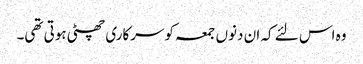
وہ اس لئے کہ ان دنوں جمعہ کوسرکاری چھٹی ہوتی تھی۔